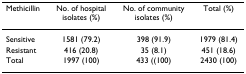
<table><thead><tr><td><b>Methicillin</b></td><td><b>No. of hospital isolates (%)</b></td><td><b>No. of community isolates (%)</b></td><td><b>Total (%)</b></td></tr></thead><tbody><tr><td>Sensitive</td><td>1581 (79.2)</td><td>398 (91.9)</td><td>1979 (81.4)</td></tr><tr><td>Resistant</td><td>416 (20.8)</td><td>35 (8.1)</td><td>451 (18.6)</td></tr><tr><td>Total</td><td>1997 (100)</td><td>433 ((100)</td><td>2430 (100)</td></tr></tbody></table>